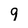
Character: 9